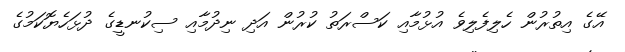
އޭގެ އިތުރުން ހެލިފެލިވެ އުޅުމާއި ކަސްރަތު ކުރުން އަދި ނިދުމާއި ސިކުނޑީގެ ދުޅަހެޔޮކަމުގެ